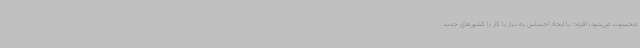
محسوب می‌شود، افزود: با ایجاد احساس به نیاز با کار با کشورهای جدید